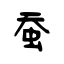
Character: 蚕